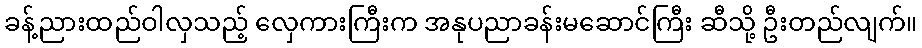
ခန့်ညားထည်ဝါလှသည့် လှေကားကြီးက အနုပညာခန်းမဆောင်ကြီး ဆီသို့ ဦးတည်လျက်။